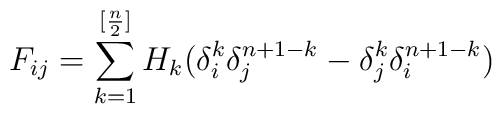
F_{ij} = \sum_{k=1}^{[\frac{n}{2}]} H_k(\delta_{i}^{k}\delta_{j}^{n+1-k} - \delta_{j}^{k}\delta_{i}^{n+1-k})